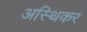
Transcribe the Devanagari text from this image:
अस्थिकर